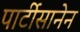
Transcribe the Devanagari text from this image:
पार्टीसानेन